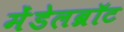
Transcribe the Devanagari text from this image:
मेंडेलब्रॉट